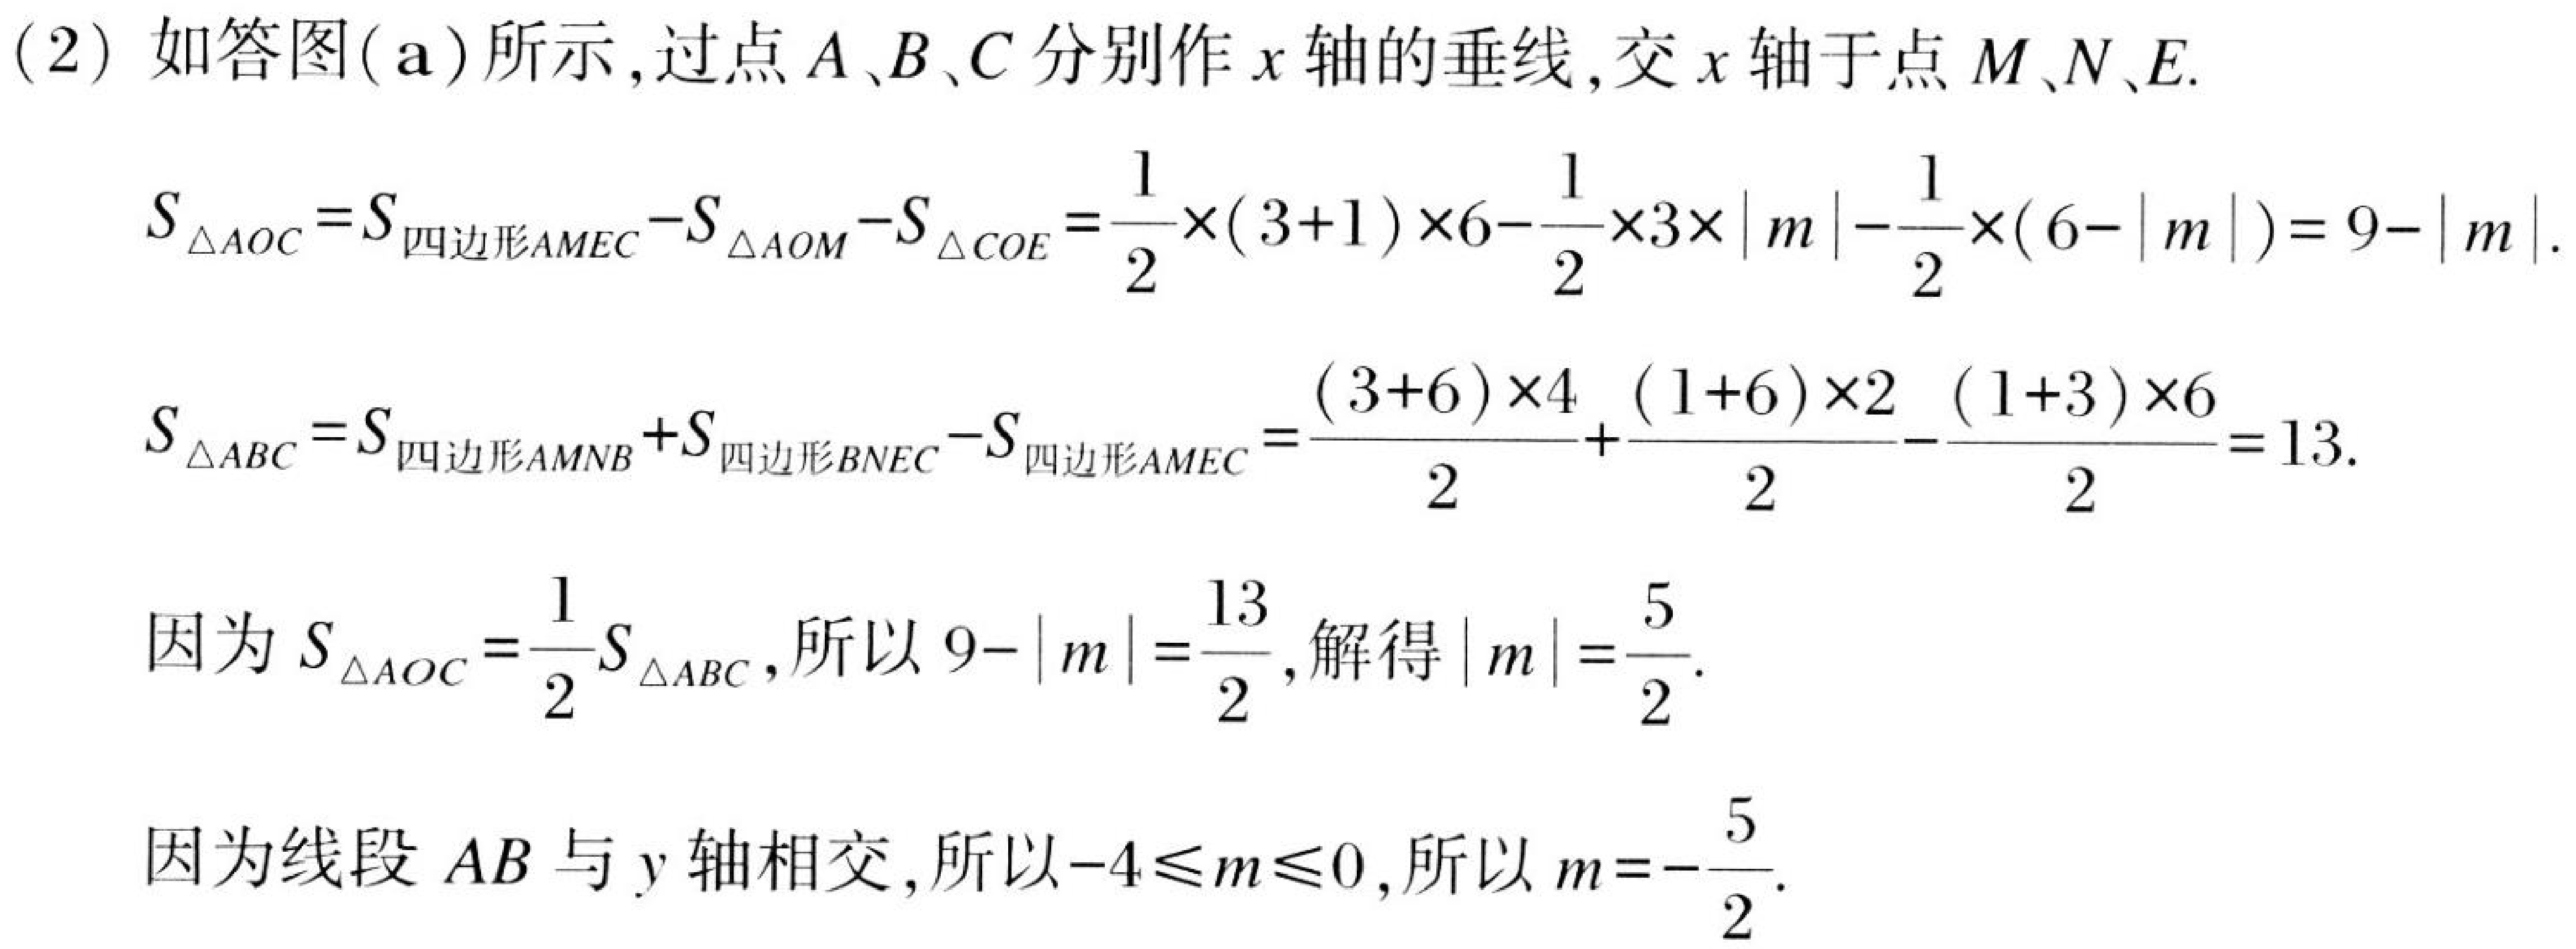
（2）如答图(\(a\))所示，过点\(A、B、C\)分别作\(x\)轴的垂线，交\(x\)轴于点\(M、N、E\).
\(S_{\triangle AOC}=S_{四边形AMEC}-S_{\triangle AOM}-S_{\triangle COE}=\frac{1}{2}\times(3 + 1)\times6-\frac{1}{2}\times3\times|m|-\frac{1}{2}\times(6 - |m|)=9 - |m|\).
\(S_{\triangle ABC}=S_{四边形AMNB}+S_{四边形BNEC}-S_{四边形AMEC}=\frac{(3 + 6)\times4}{2}+\frac{(1 + 6)\times2}{2}-\frac{(1 + 3)\times6}{2}=13\).
因为\(S_{\triangle AOC}=\frac{1}{2}S_{\triangle ABC}\)，所以\(9 - |m|=\frac{13}{2}\)，解得\(|m|=\frac{5}{2}\).
因为线段\(AB\)与\(y\)轴相交，所以\(-4\leqslant m\leqslant0\)，所以\(m = -\frac{5}{2}\).